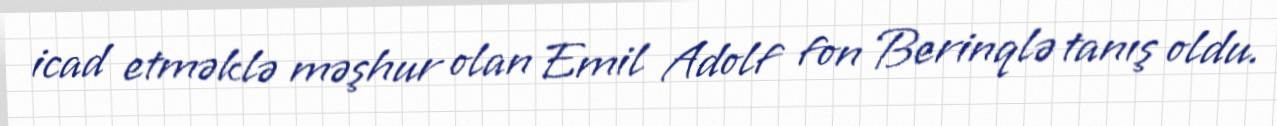
icad etməklə məşhur olan Emil Adolf fon Berinqlə tanış oldu.